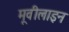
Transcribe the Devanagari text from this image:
मूवीलाइन